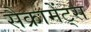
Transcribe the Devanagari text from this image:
सैक्रामेंट्स